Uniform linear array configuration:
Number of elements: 8
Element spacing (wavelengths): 1
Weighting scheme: exponential
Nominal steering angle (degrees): -45
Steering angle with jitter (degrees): -46.262
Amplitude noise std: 0.05
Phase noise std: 0.05

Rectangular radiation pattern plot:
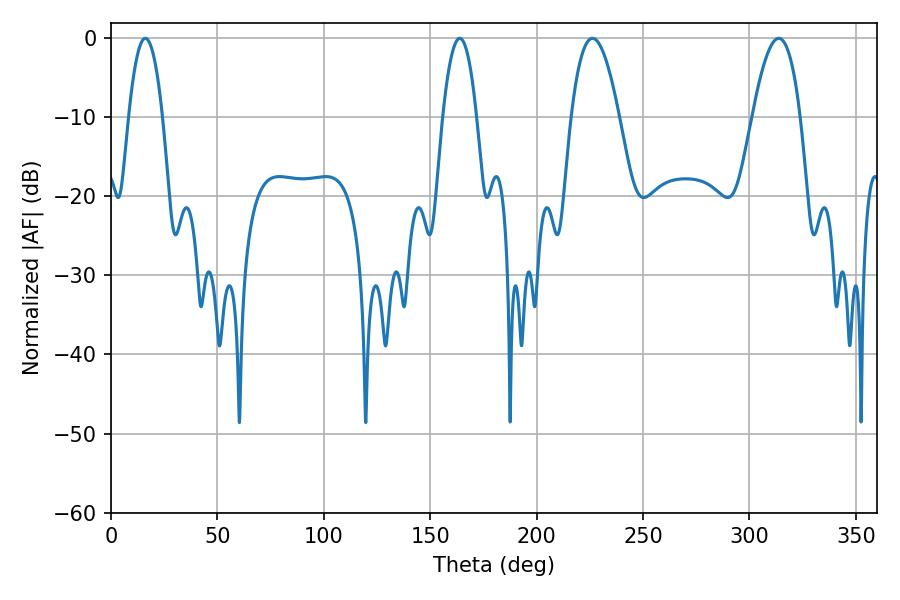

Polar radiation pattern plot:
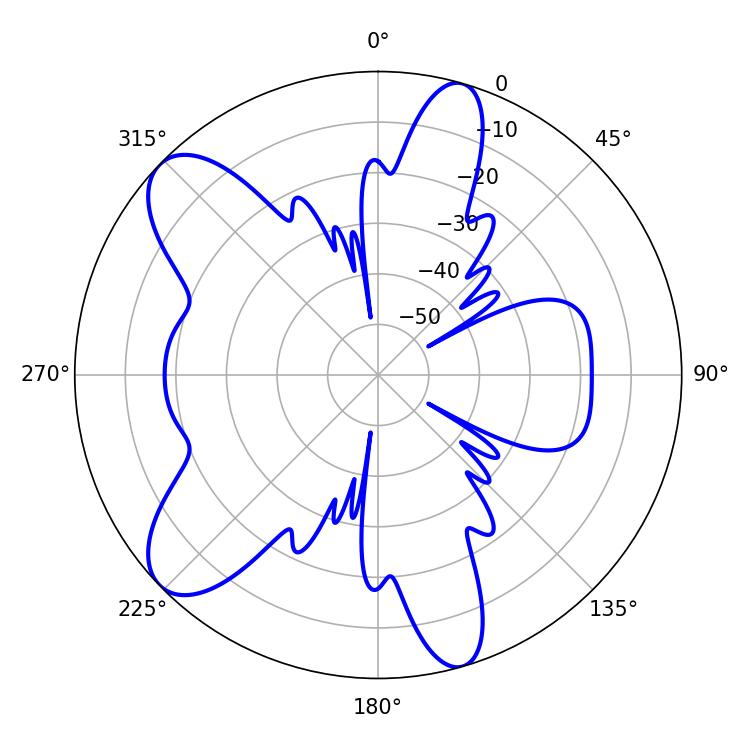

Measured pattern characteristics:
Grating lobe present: TRUE
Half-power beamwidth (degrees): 12.24
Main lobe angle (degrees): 226.26